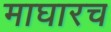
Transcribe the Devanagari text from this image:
माघारच